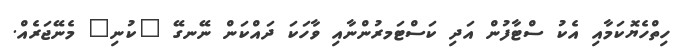
ހިތްހެޔޮކަމާއި އެކު ސްޓާފުން އަދި ކަސްޓަމރުންނާއި ވާހަކަ ދައްކަން ނޭނގޭ "ކުނި" މެނޭޖަރެއް.